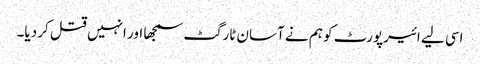
اسی لیے ائیرپورٹ کو ہم نے آسان ٹارگٹ سمجھا اور انہیں قتل کر دیا۔